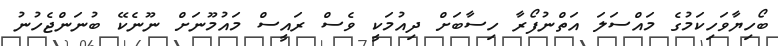
ބޯހިޔާވަހިކަމުގެ މައްސަލަ އަތްނުފޯރާ ހިސާބަށް ދިއުމަކީ ވެސް ރައީސް މައުމޫނަށް ނޫނެކޭ ބުނަންޖެހުނު